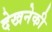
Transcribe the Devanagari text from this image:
देखनेकी